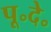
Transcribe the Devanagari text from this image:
पू॰दे॰